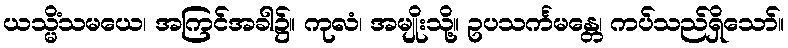
ယသ္မိံသမယေ၊ အကြင်အခါ၌။ ကုလံ၊ အမျိုးသို့။ ဥပသင်္ကမန္တေ၊ ကပ်သည်ရှိသော်။